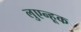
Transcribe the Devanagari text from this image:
लुएन्हूक